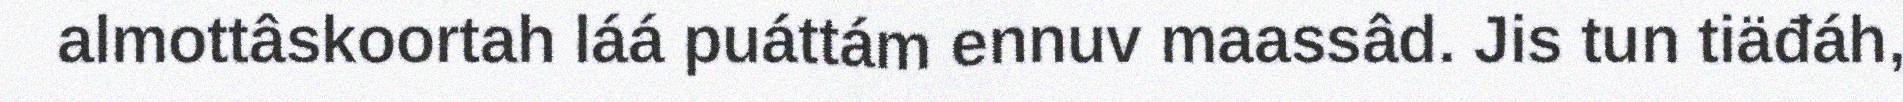
almottâskoortah láá puáttám ennuv maassâd. Jis tun tiäđáh,